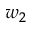
w _ { 2 }